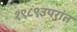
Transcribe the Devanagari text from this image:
१९८९उपरांत